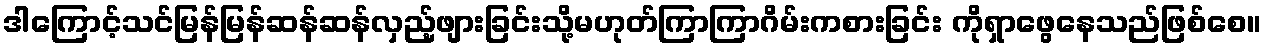
ဒါကြောင့်သင်မြန်မြန်ဆန်ဆန်လှည့်ဖျားခြင်းသို့မဟုတ်ကြာကြာဂိမ်းကစားခြင်း ကိုရှာဖွေနေသည်ဖြစ်စေ။